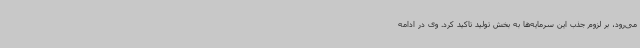
می‌رود، بر لزوم جذب این سرمایه‌ها به بخش تولید تاکید کرد. وی در ادامه